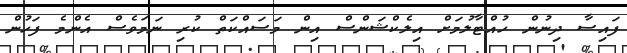
ފައިސާ ދިނުން ހުއްޓާލުމަށް އިލެކްޝަންސް އިން މަސައްކަތް ކުރި ނަމަވެސް އެންމެ ފަހުން